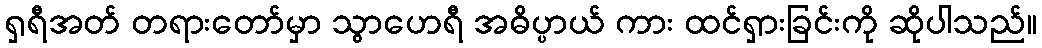
ရှရီအတ် တရားတော်မှာ သွာဟေရီ အဓိပ္ပာယ် ကား ထင်ရှားခြင်းကို ဆိုပါသည်။